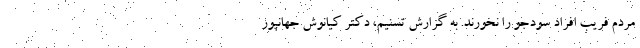
مردم فریب افراد سودجو را نخورند. به گزارش تسنیم، دکتر کیانوش جهانپور